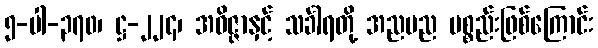
၅-ပါ-၃၇၀၊ ဋ္ဌ-၂၂၄၊ အဝိဇ္ဇာနှင့် သင်္ခါရတို့ အညမည ပစ္စည်းဖြစ်ကြောင်း